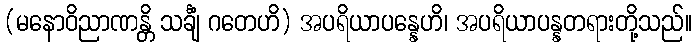
(မနောဝိညာဏန္တိ သင်္ချံ ဂတေဟိ) အပရိယာပန္နေဟိ၊ အပရိယာပန္နတရားတို့သည်။